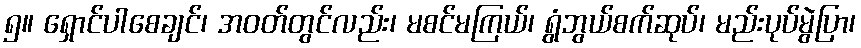
၅။ ရှောင်ပါစေချင်၊ အဝတ်တွင်လည်း၊ မစင်မကြယ်၊ ရွံဘွယ်စက်ဆုပ်၊ မည်းပုပ်မွဲပြာ၊